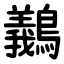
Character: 䴊